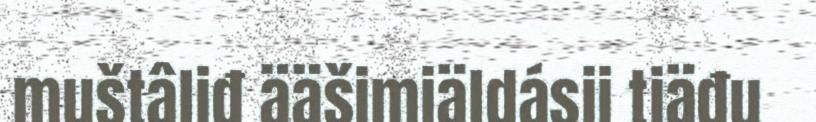
muštâliđ ääšimiäldásii tiäđu